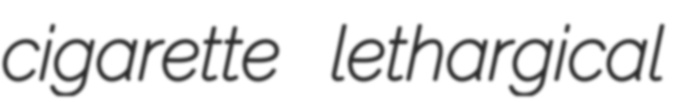
cigarette lethargical